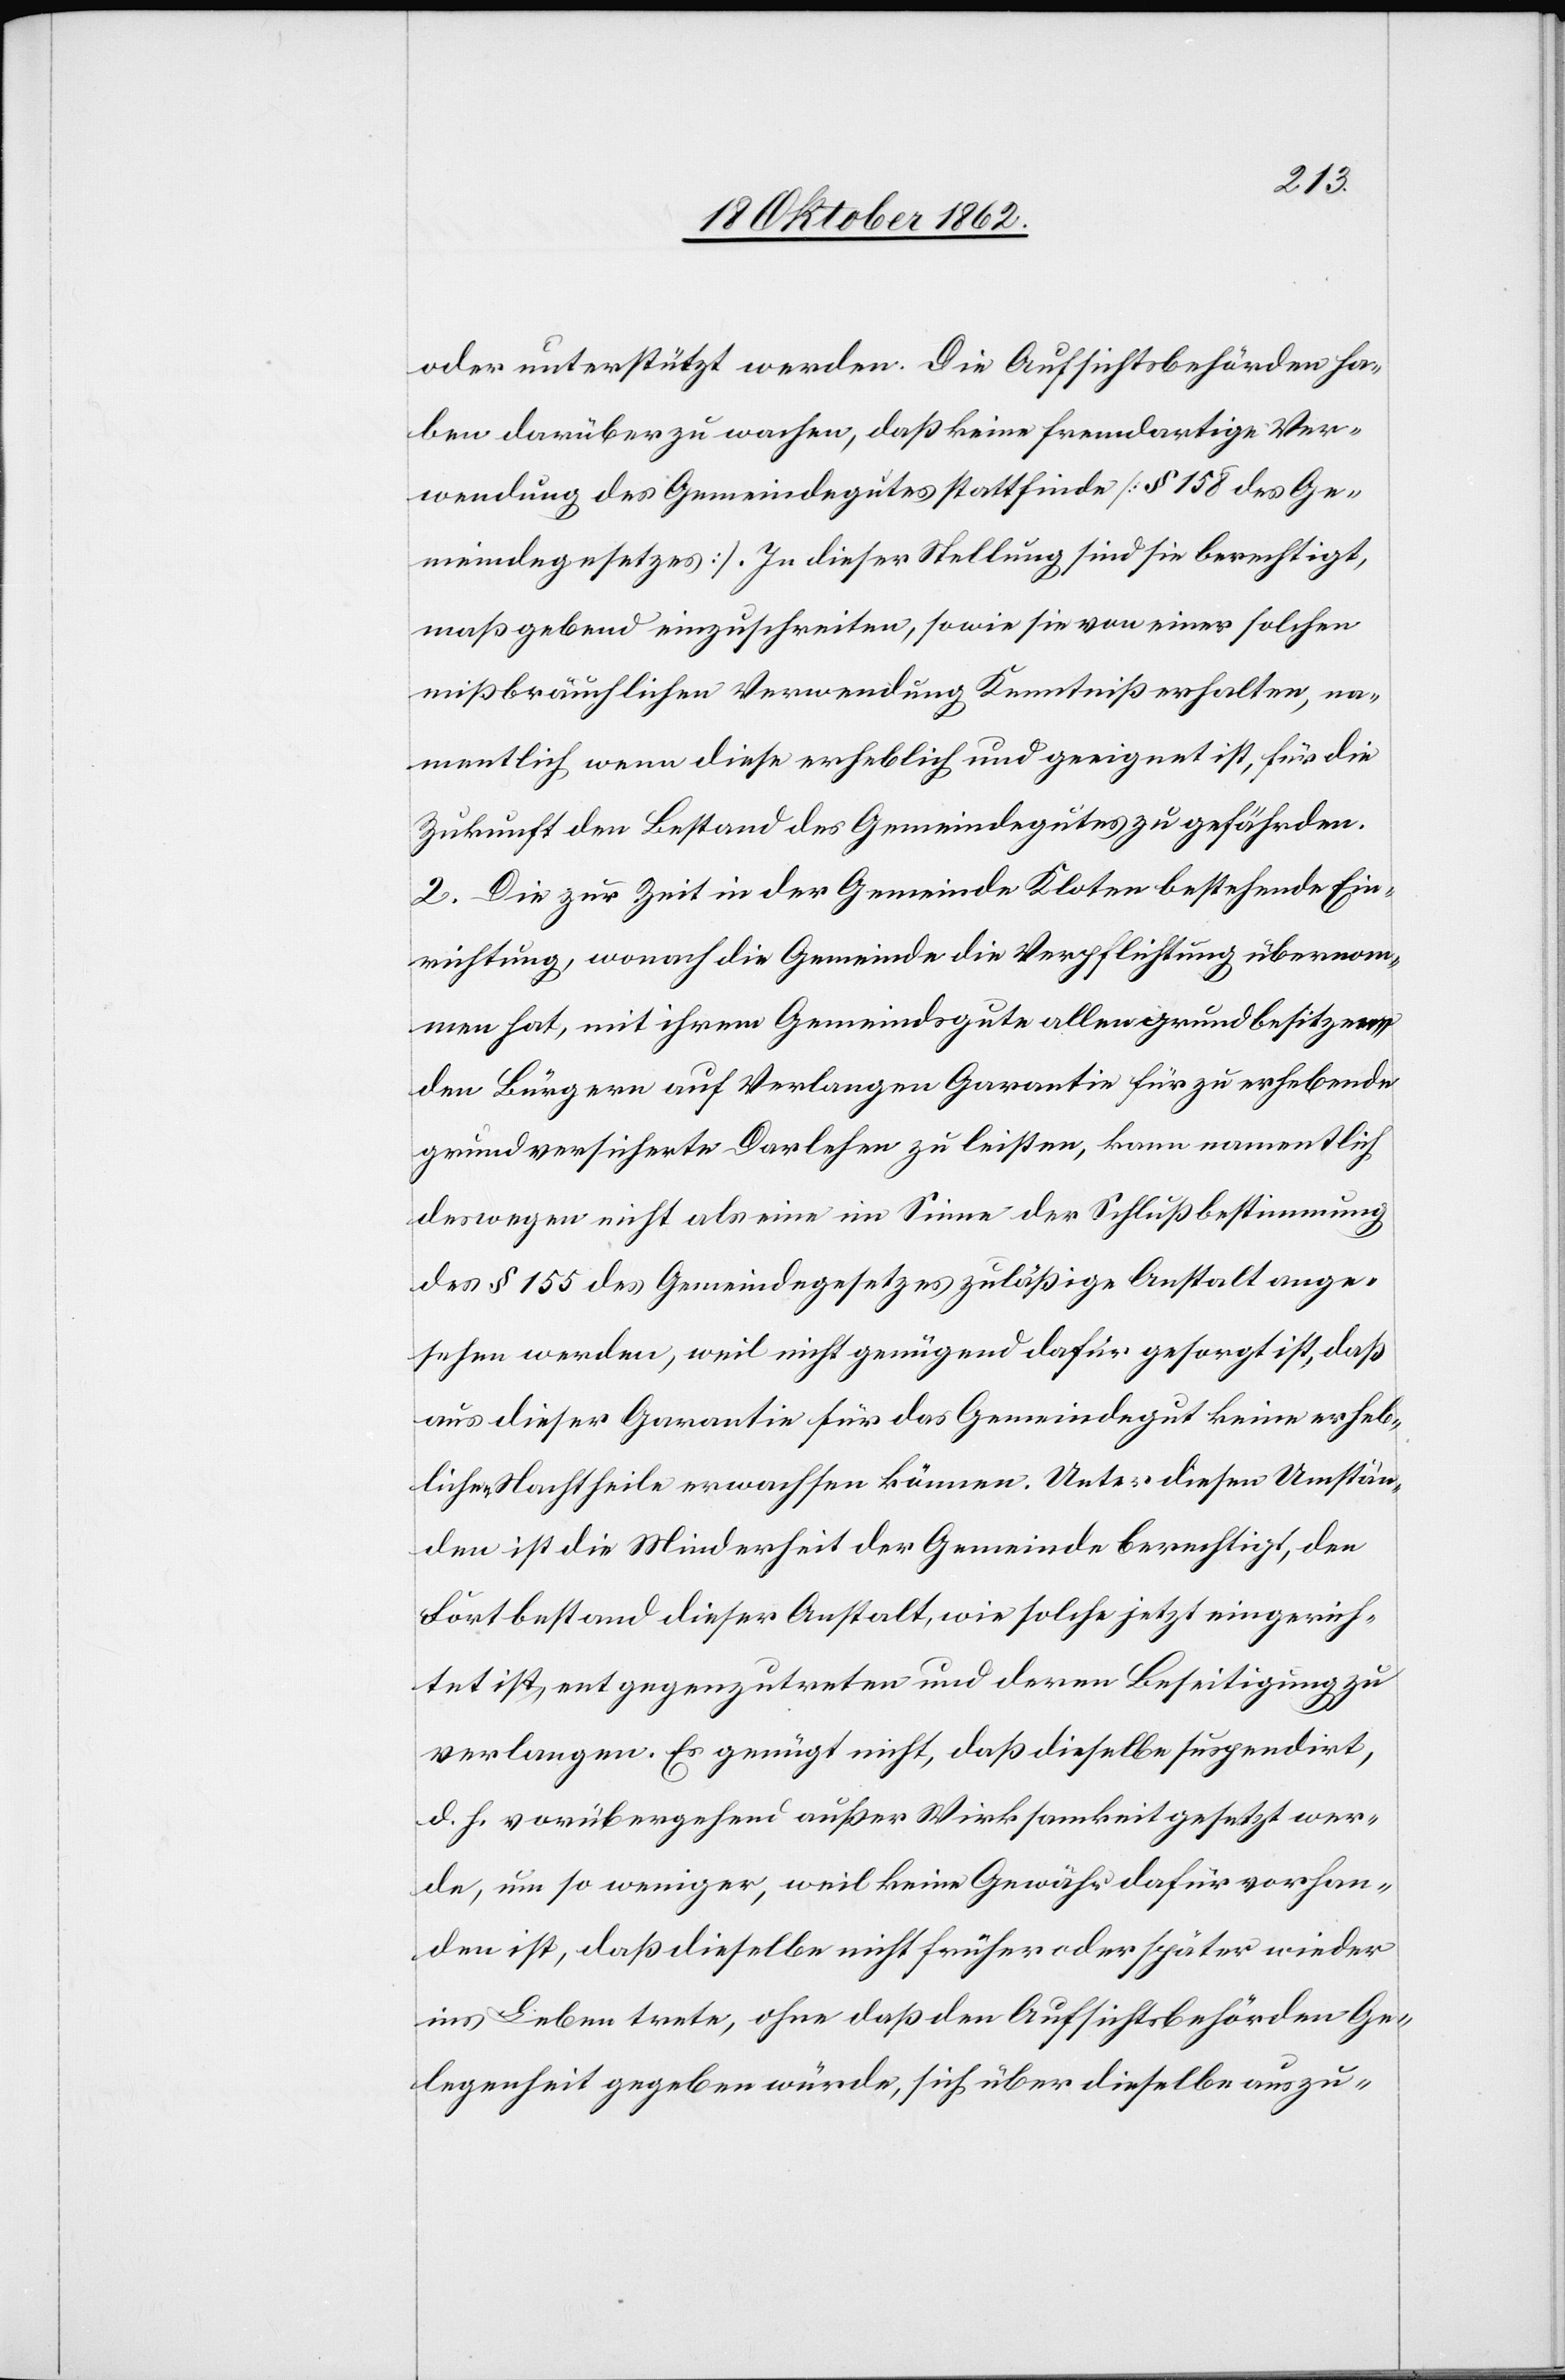
oder unterstützt werden. Die Aufsichtsbehörden ha¬
ben darüber zu wachen, daß keine fremdartige Ver¬
wendung des Gemeindegutes stattfinde [§ 158 des Ge¬
meindegesetzes]. In dieser Stellung sind sie berechtigt,
maßgebend einzuschreiten, sowie sie von einer solchen
mißbräuchlichen Verwendung Kenntniß erhalten, na¬
mentlich wenn diese erheblich und geeignet ist, für die
Zukunft den Bestand des Gemeindegutes zu gefährden.
2. Die zur Zeit in der Gemeinde Kloten bestehende Ein¬
richtung, wonach die Gemeinde die Verpflichtung übernom¬
men hat, mit ihrem Gemeindsgute allen grundbesitzen¬
den Bürgern auf Verlangen Garantie für zu erhebende
grundversicherte Darlehen zu leisten, kann namentlich
deswegen nicht als eine im Sinne der Schlußbestimmung
des § 155 des Gemeindegesetzes zuläßige Anstalt ange¬
sehen werden, weil nicht genügend dafür gesorgt ist, daß
aus dieser Garantie für das Gemeindegut keine erheb¬
lichen Nachtheile erwachsen können. Unter diesen Umstän¬
den ist die Minderheit der Gemeinde berechtigt, den
Fortbestand dieser Anstalt, wie solche jetzt eingerich¬
tet ist, entgegenzutreten und deren Beseitigung zu
verlangen. Es genügt nicht, daß dieselbe suspendirt,
d. h. vorübergehend außer Wirksamkeit gesetzt wer¬
de, um so weniger, weil keine Gewähr dafür vorhan¬
den ist, daß dieselbe nicht früher oder später wieder
ins Leben trete, ohne daß den Aufsichtsbehörden Ge¬
legenheit gegeben würde, sich über dieselbe auszu-